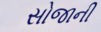
સોજાની